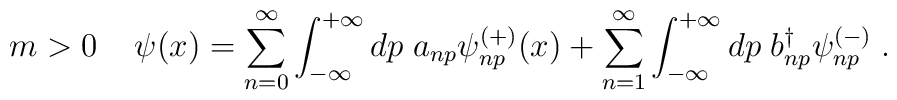
m>0 \; \;\;\;\psi(x)= \sum^{\infty}_{n=0} \int^{+\infty}_{-\infty}d p \; a_{np} \psi^{(+)}_{np} (x) + \sum^{\infty}_{n=1} \int^{+\infty}_{-\infty}d p \; b^{\dag}_{np} \psi^{(-)}_{np} \; .